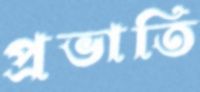
প্রভাতি